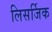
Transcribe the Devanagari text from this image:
लिसर्जिक